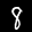
Label: 8